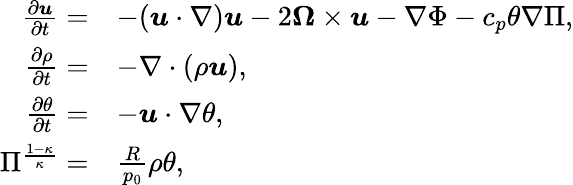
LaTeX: \begin{array}{rl}{\frac{\partial\boldsymbol{u}}{\partial t}=}&{-(\boldsymbol{u}\cdot\nabla)\boldsymbol{u}-2\boldsymbol{\Omega}\times\boldsymbol{u}-\nabla\Phi-c_{p}\theta\nabla\Pi,}\\ {\frac{\partial\rho}{\partial t}=}&{-\nabla\cdot(\rho\boldsymbol{u}),}\\ {\frac{\partial\theta}{\partial t}=}&{-\boldsymbol{u}\cdot\nabla\theta,}\\ {\Pi^{\frac{1-\kappa}{\kappa}}=}&{\frac{R}{p_{0}}\rho\theta,}\end{array}